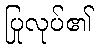
ပြုလုပ်၏